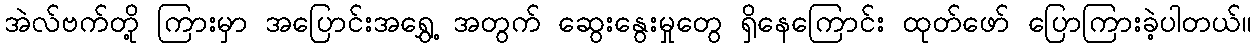
အဲလ်ဗက်တို့ ကြားမှာ အပြောင်းအရွှေ့ အတွက် ဆွေးနွေးမှုတွေ ရှိနေကြောင်း ထုတ်ဖော် ပြောကြားခဲ့ပါတယ်။